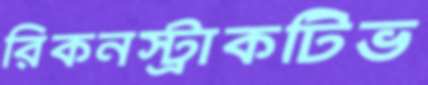
রিকনস্ট্রাকটিভ